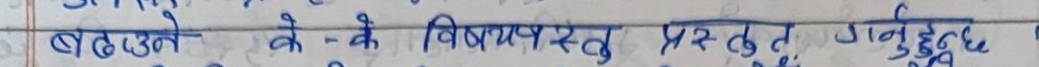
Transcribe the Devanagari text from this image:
बढाउने के के विषयवस्तु, प्रस्तुत अनुच्छेद